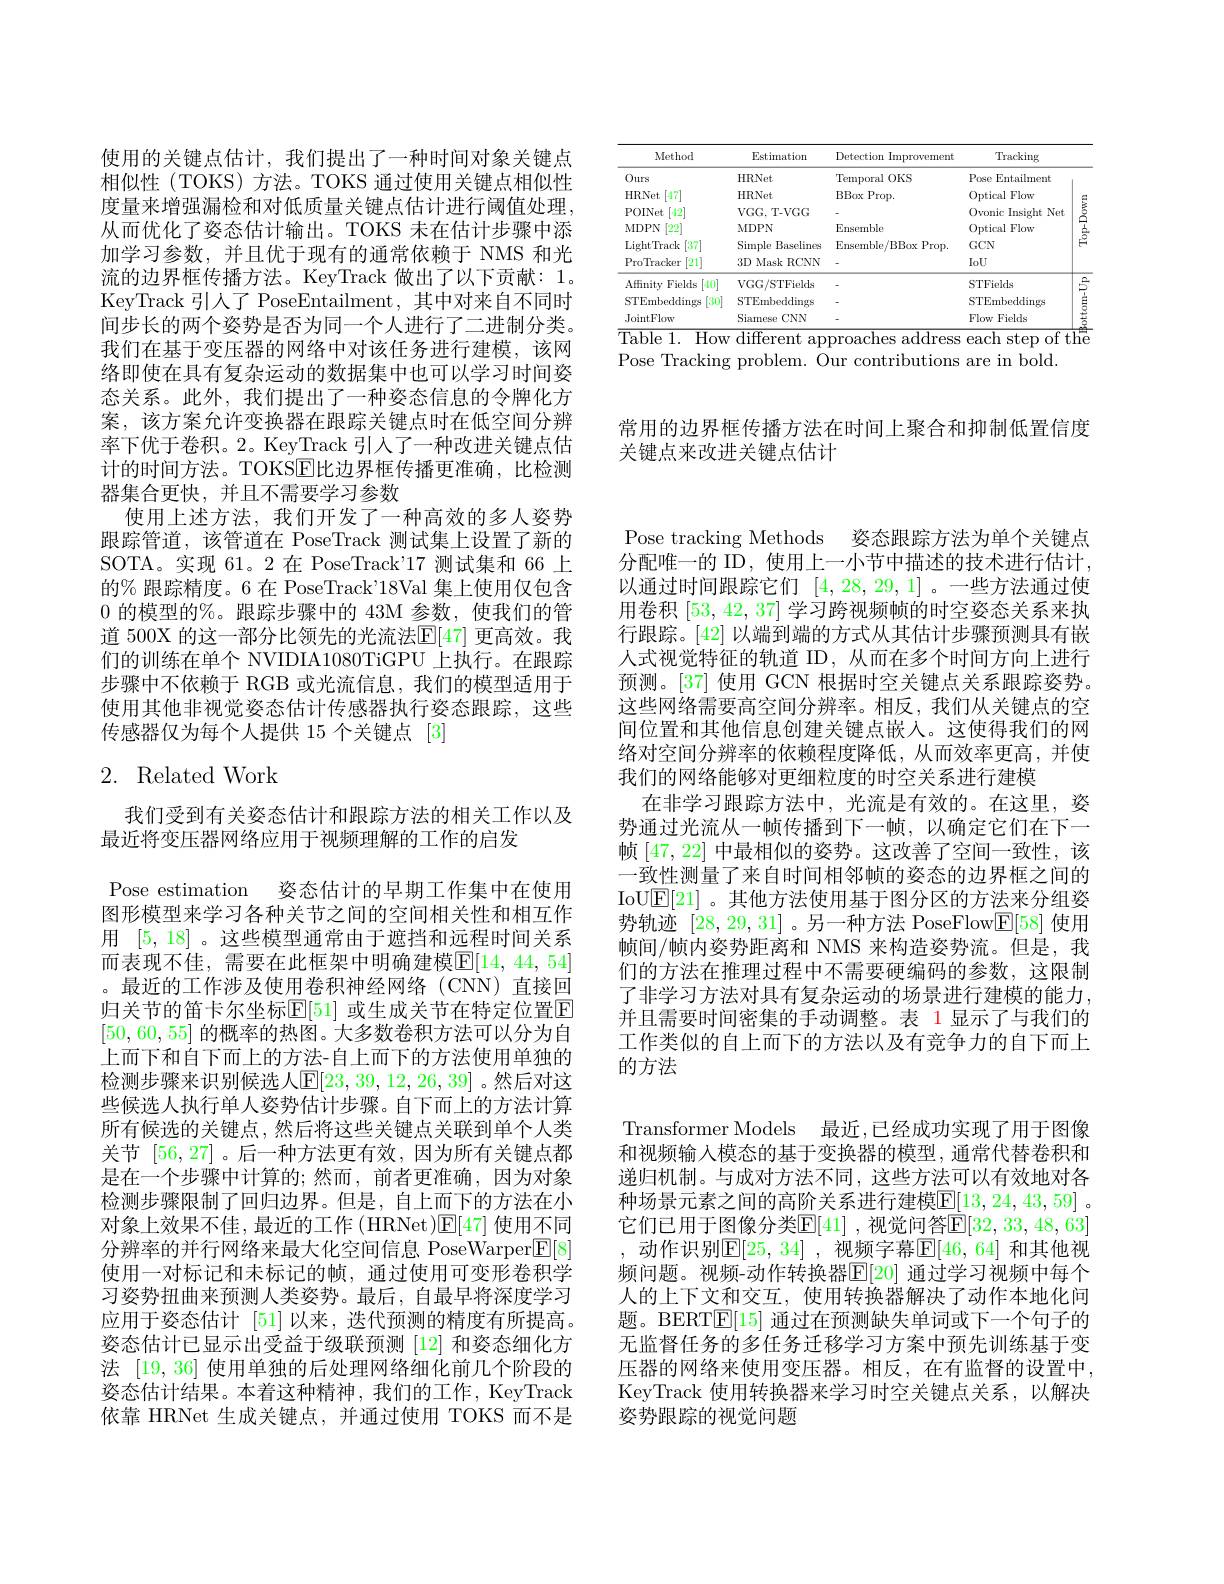
<table>
	<tbody>
		<tr>
			<th>Method</th>
			<th>Estimatiorn</th>
			<th>Detection Improvement</th>
			<th>Tracking</th>
			<th> </th>
		</tr>
		<tr>
			<td>$0urs$</td>
			<td>HRNet</td>
			<td>Temporal OKS</td>
			<td>Pose $\operatorname{Entailment}$</td>
			<td> </td>
		</tr>
		<tr>
			<td>$-47^{\prime}$ HRNet</td>
			<td>HRNet</td>
			<td>$\operatorname{BBox}\operatorname{Prop}.$</td>
			<td>Optical Flow</td>
			<td>一 T 4 1</td>
		</tr>
		<tr>
			<td>$\begin{bmatrix}42\\42\end{bmatrix}^{*}$ POINet</td>
			<td>$VGG$,T-VGG</td>
			<td> </td>
			<td>0vonic Insight tNet</td>
			<td>多</td>
		</tr>
		<tr>
			<td>MDPN $\lceil22\rceil$</td>
			<td>MDPN</td>
			<td>Ensemble</td>
			<td>Optical Flow</td>
			<td>1 $H$</td>
		</tr>
		<tr>
			<td>$\begin{bmatrix}37\\1\end{bmatrix}^{*}$ LightTrack</td>
			<td>Simple a Baselines</td>
			<td>$\operatorname{Ensemble}/\operatorname{BBox}\operatorname{Prop}.$</td>
			<td>$GCN$</td>
			<td>$E^{2}$</td>
		</tr>
		<tr>
			<td>[21] ProTracker</td>
			<td>3D Mask RCNN</td>
			<td> </td>
			<td>IoU</td>
			<td> </td>
		</tr>
		<tr>
			<td>Afinity Fields [40]</td>
			<td>$VGG/STFields$</td>
			<td> </td>
			<td>STFields</td>
			<td>$\square$</td>
		</tr>
		<tr>
			<td>STEmbeddings [30]</td>
			<td>STEmbeddings</td>
			<td> </td>
			<td>STEmbeddings</td>
			<td>其</td>
		</tr>
		<tr>
			<td>JointFlow</td>
			<td>Siamese $CNN$</td>
			<td> </td>
			<td>Flow Fields</td>
			<td>菜</td>
		</tr>
	</tbody>
</table>
$\overline{\text{Table 1. How different approaches address each step of the}}$

Pose Tracking problem. Our contributions are in bold

常用的边界框传播方法在时间上聚合和抑制低置信度
关键点来改进关键点估计

使用的关键点估计，我们提出了一种时间对象关键点相似性(TOKS)方法。TOKS 通过使用关键点相似性度量来增强漏检和对低质量关键点估计进行阈值处理， 从而优化了姿态估计输出。TOKS 未在估计步骤中添加学习参数，并且优于现有的通常依赖于 NMS 和光流的边界框传播方法。KeyTrack 做出了以下贡献：1。KeyTrack 引人了 PoseEntailment, 其中对来自不同时间步长的两个姿势是否为同一个人进行了二进制分类。我们在基于变压器的网络中对该任务进行建模，该网络即使在具有复杂运动的数据集中也可以学习时间姿态关系。此外，我们提出了一种姿态信息的令牌化方案，该方案允许变换器在跟踪关键点时在低空间分辨率下优于卷积。2。KeyTrack 引人了一种改进关键点估计的时间方法。TOKSE比边界框传播更准确，比检测器集合更快，并且不需要学习参数
使用上述方法，我们开发了一种高效的多人姿势跟踪管道，该管道在 PoseTrack 测试集上设置了新的SOTA。实现 61。2 在 PoseTrack'17 测试集和 66 上的% 跟踪精度。6 在 PoseTrack'18Val 集上使用仅包含0的模型的%。跟踪步骤中的 43M 参数，使我们的管道 500X 的这一部分比领先的光流法$\mathbb{E}[47]$ 更高效。我们的训练在单个 NVIDIA1080TiGPU 上执行。在跟踪步骤中不依赖于 RGB 或光流信息，我们的模型适用于使用其他非视觉姿态估计传感器执行姿态跟踪，这些传感器仅为每个人提供 15 个关键点 [3]

# 2. Related Work

我们受到有关姿态估计和跟踪方法的相关工作以及
最近将变压器网络应用于视频理解的工作的启发

Pose estimation 姿态估计的早期工作集中在使用图形模型来学习各种关节之间的空间相关性和相互作用[5,18] 。这些模型通常由于遮挡和远程时间关系而表现不佳，需要在此框架中明确建模$\mathbb{E}[14,44,54]$ 。最近的工作涉及使用卷积神经网络(CNN)直接回归关节的笛卡尔坐标$\mathbb{E}[51]$ 或生成关节在特定位置$\mathbb{E}$ [50,60,55]的概率的热图。大多数卷积方法可以分为自上而下和自下而上的方法-自上而下的方法使用单独的检测步骤来识别候选人$\mathbb{E}[23,39,12,26,39]$。然后对这些候选人执行单人姿势估计步骤。自下而上的方法计算所有候选的关键点，然后将这些关键点关联到单个人类关节[56,27]。后一种方法更有效，因为所有关键点都是在一个步骤中计算的；然而，前者更准确，因为对象检测步骤限制了回归边界。但是，自上而下的方法在小对象上效果不佳，最近的工作(HRNet)E[47]使用不同分辨率的并行网络来最大化空间信息 PoseWarper$\boxed{\mathrm{E}[8]}$ 使用一对标记和未标记的帧，通过使用可变形卷积学习姿势扭曲来预测人类姿势。最后，自最早将深度学习应用于姿态估计[51]以来，迭代预测的精度有所提高。姿态估计已显示出受益于级联预测[12] 和姿态细化方法|19,36|便用单独的后处理网络细化前几个阶段的姿态估计结果。本着这种精神，我们的工作，KeyTrack 依靠 HRNet 生成关键点，并通过使用 TOKS 而不是

Pose tracking Methods 姿态跟踪方法为单个关键点分配唯一的 ID, 使用上一小节中描述的技术进行估计， 以通过时间跟踪它们[4,28,29,1]。一些方法通过使用卷积[53,42,37]学习跨视频帧的时空姿态关系来执行跟踪。[42] 以端到端的方式从其估计步骤预测具有嵌人式视觉特征的轨道 ID,从而在多个时间方向上进行预测。[37] 使用 GCN 根据时空关键点关系跟踪姿势。这些网络需要高空间分辨率。相反，我们从关键点的空间位置和其他信息创建关键点嵌人。这使得我们的网络对空间分辨率的依赖程度降低，从而效率更高，并使我们的网络能够对更细粒度的时空关系进行建模
在非学习跟踪方法中，光流是有效的。在这里，姿势通过光流从一帧传播到下一帧，以确定它们在下一帧[47,22]中最相似的姿势。这改善了空间一致性，该一致性测量了来自时间相邻帧的姿态的边界框之间的IoU$\mathbb{E}[21]$。其他方法使用基于图分区的方法来分组姿势轨迹[28,29,31] 。另一种方法 PoseFlow$\underline{\mathrm{E}}[58]$使用帧间/帧内姿势距离和 NMS 来构造姿势流。但是，我们的方法在推理过程中不需要硬编码的参数，这限制了非学习方法对具有复杂运动的场景进行建模的能力， 并且需要时间密集的手动调整。表 1 显示了与我们的工作类似的自上而下的方法以及有竞争力的自下而上的方法

Transformer Models 最近，已经成功实现了用于图像和视频输入模态的基于变换器的模型，通常代替卷积和递归机制。与成对方法不同，这些方法可以有效地对各种场景元素之间的高阶关系进行建模$\mathbb{E}[13,24,43,59]$ 。它们已用于图像分类$\mathbb{E}[41]$ ,视觉问答$\mathbb{E}[32,33,48,63]$ ,动作识别$\mathbb{E}[25,34]$,视频字幕$\mathbb{E}[46,64]$ 和其他视频问题。视频-动作转换器$\mathbb{E}[20]$ 通过学习视频中每个人的上下文和交互，使用转换器解决了动作本地化问题。BERT$\boxed{\mathrm{E}}[15]$通过在预测缺失单词或下一个句子的无监督任务的多任务迁移学习方案中预先训练基于变压器的网络来使用变压器。相反，在有监督的设置中KeyTrack 使用转换器来学习时空关键点关系，以解决姿势跟踪的视觉问题